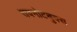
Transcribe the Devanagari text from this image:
सबनोटबुक्स